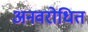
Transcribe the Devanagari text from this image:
अनवरोधित